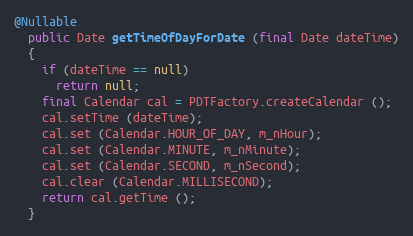
Language: Java
@Nullable
  public Date getTimeOfDayForDate (final Date dateTime)
  {
    if (dateTime == null)
      return null;
    final Calendar cal = PDTFactory.createCalendar ();
    cal.setTime (dateTime);
    cal.set (Calendar.HOUR_OF_DAY, m_nHour);
    cal.set (Calendar.MINUTE, m_nMinute);
    cal.set (Calendar.SECOND, m_nSecond);
    cal.clear (Calendar.MILLISECOND);
    return cal.getTime ();
  }